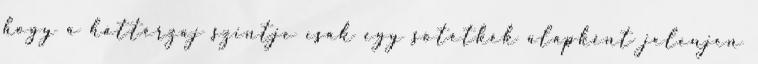
hogy a háttérzaj szintje csak egy sötétkék alapként jelenjen